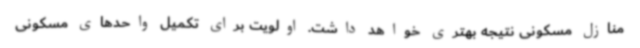
منازل مسکونی نتیجه بهتری خواهد داشت. اولویت برای تکمیل واحدهای مسکونی